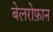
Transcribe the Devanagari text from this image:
बेलरोफ़ान